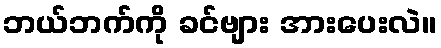
ဘယ်ဘက်ကို ခင်ဗျား အားပေးလဲ။